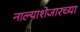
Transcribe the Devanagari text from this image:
नाल्याशेजारच्या